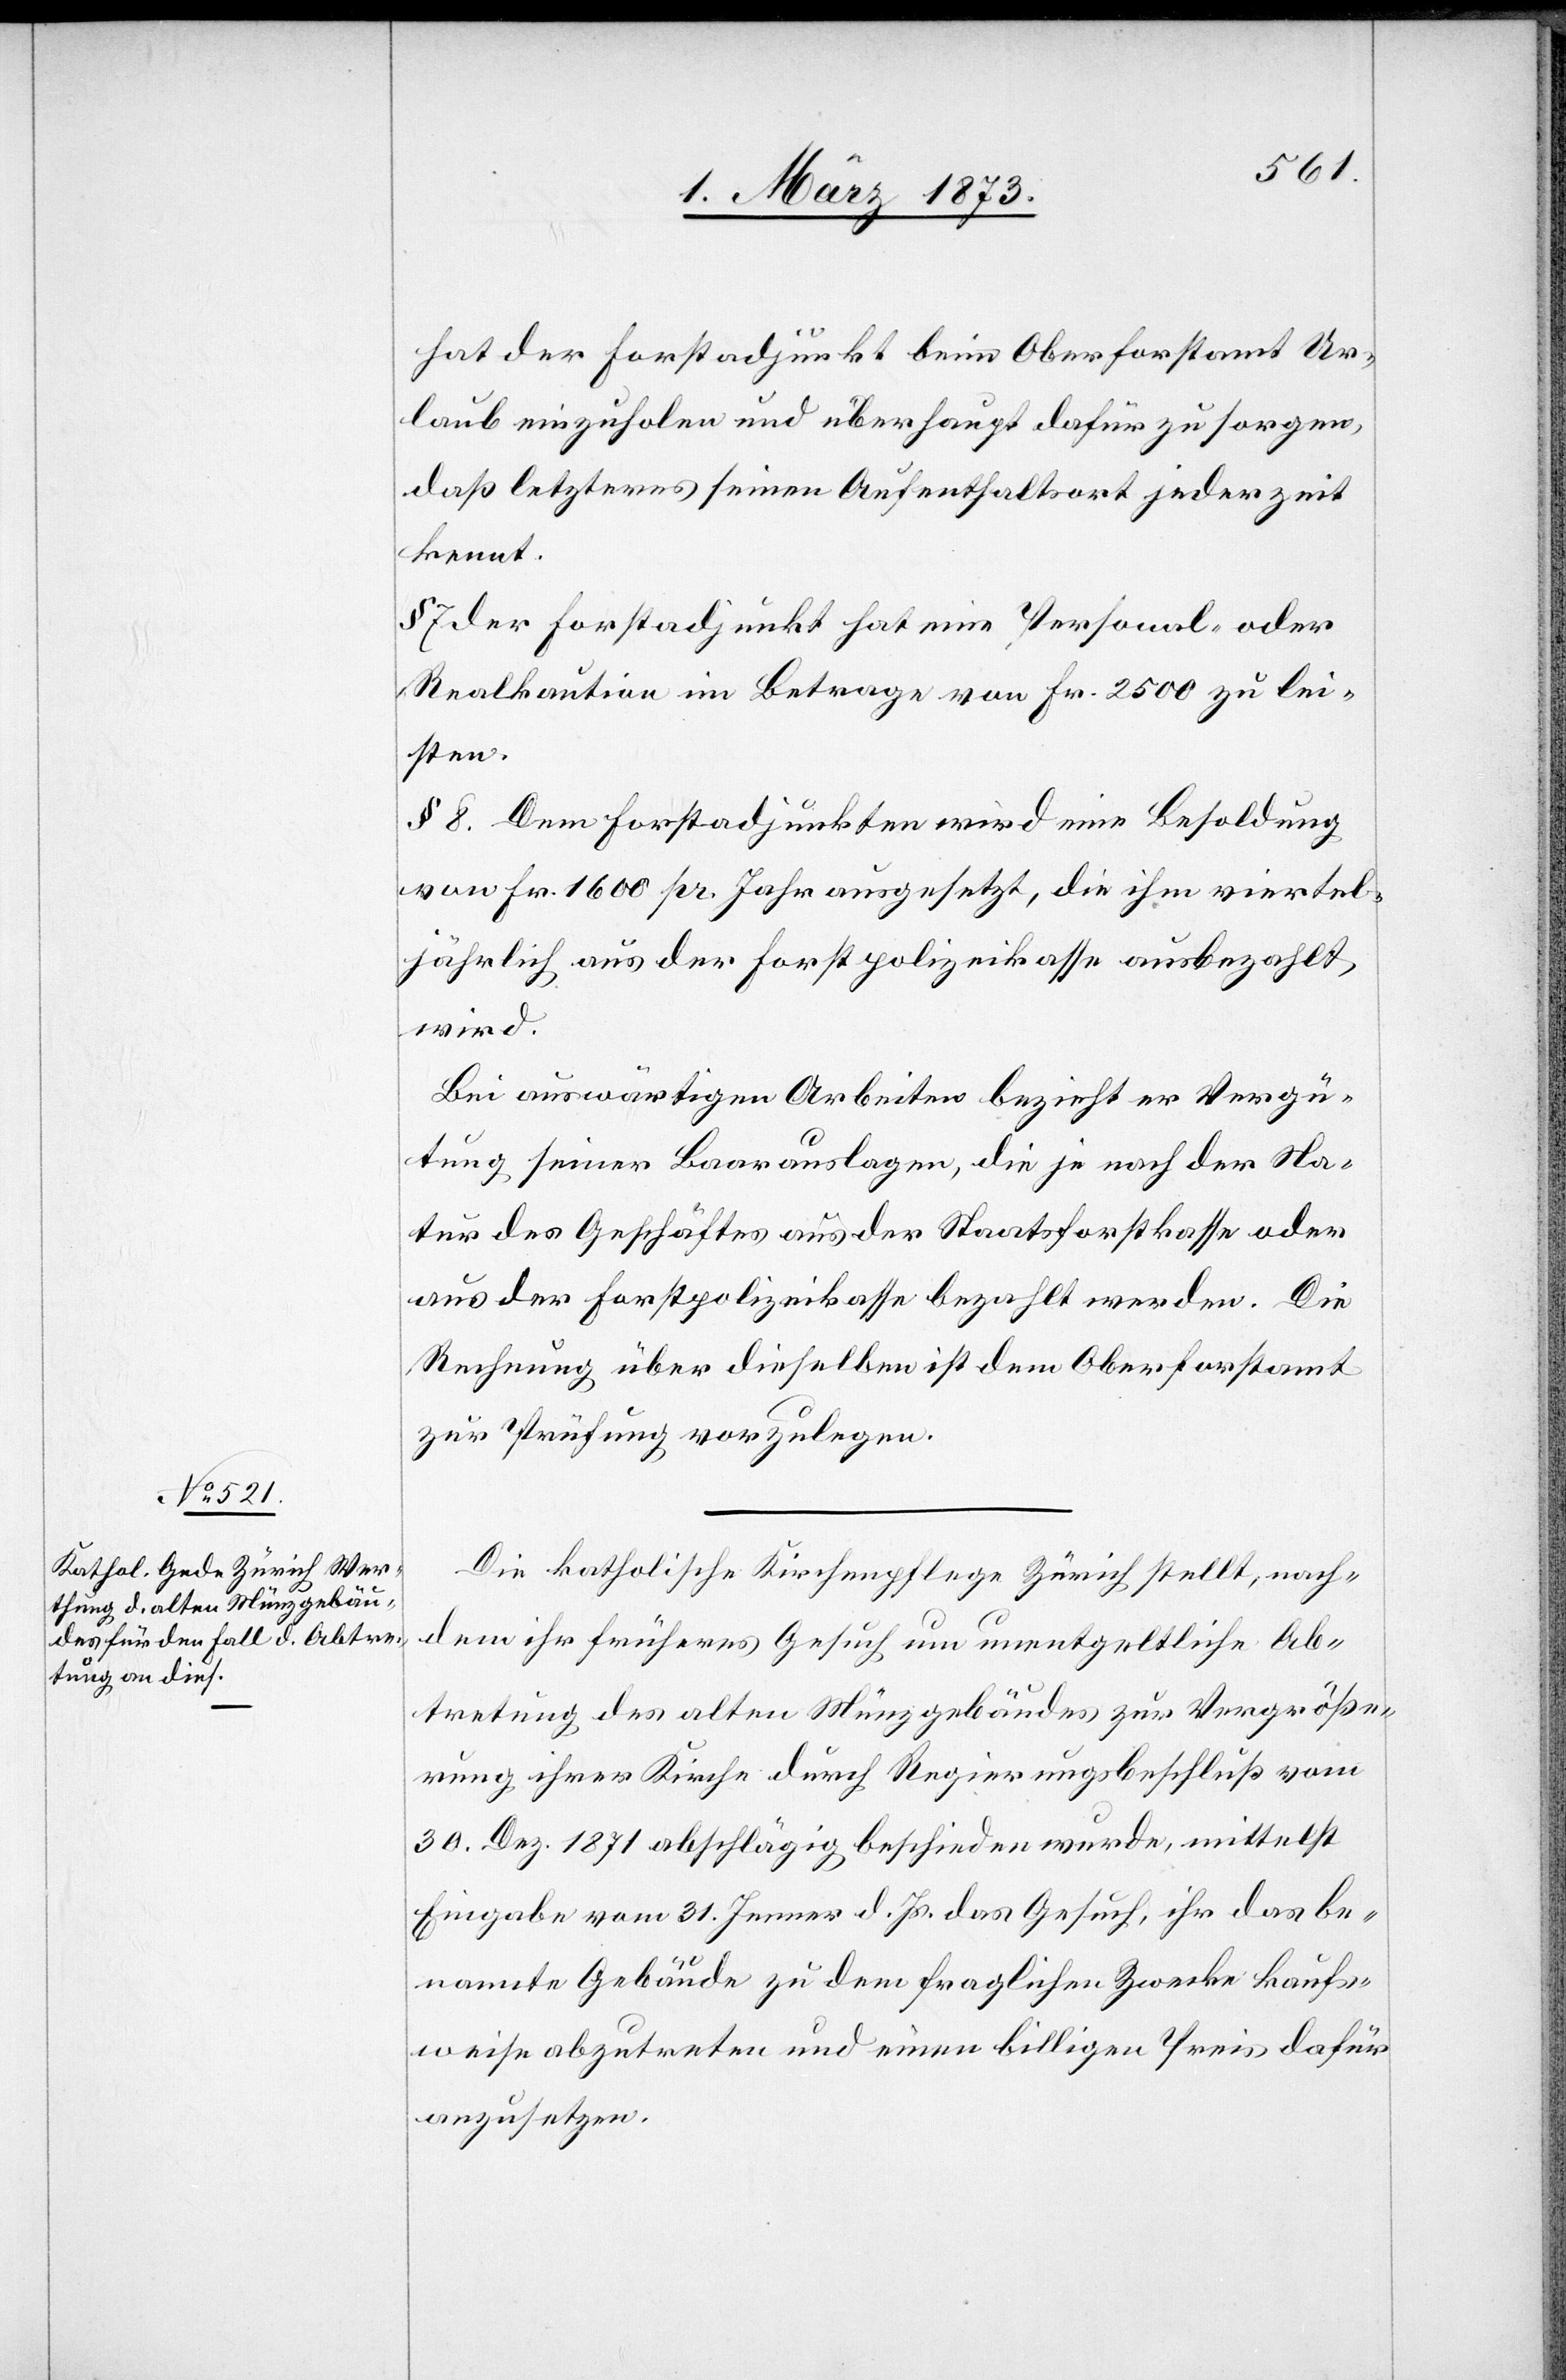
hat der Forstadjunkt beim Oberforstamt Ur¬
laub einzuholen und überhaupt dafür zu sorgen,
daß letzteres seinen Aufenthaltsort jederzeit
kennt.
§ 7. der Forstadjunkt hat eine Personal- oder
Realkaution im Betrag von Fr. 2500 zu lei¬
sten.
§ 8 Dem Forstadjunkten wird eine Besoldung
von Fr. 1600 pro Jahr ausgesetzt, die ihm viertel¬
jährlich aus der Forstpolizeikasse ausbezahlt
wird.
Bei auswärtigen Arbeiten bezieht er Vergü¬
tung seiner Baarauslagen, die je nach der Sta¬
tur des Geschäfts aus der Staatsforstkasse oder
aus der Forstpolizeikasse bezahlt werden. Die
Rechnung über dieselben ist dem Oberforstamt
zur Prüfung vorzulegen.
Die katholische Kirchenpflege Zürich stellt, nach¬
dem ihr früheres Gesuch um unentgeltliche Ab¬
tretung des alten Münzgebäudes zur Vergröße¬
rung ihrer Kirche durch Regierungsbeschluß vom
30. Dez. 1871 abschlägig beschieden wurde, mittelst
Eingabe vom 31. Jenner d. Js. das Gesuch, ihr das be¬
nannte Gebäude zu dem fraglichen Zwecke kaufs¬
weise abzutreten und einen billigen Preis dafür
anzusetzen.